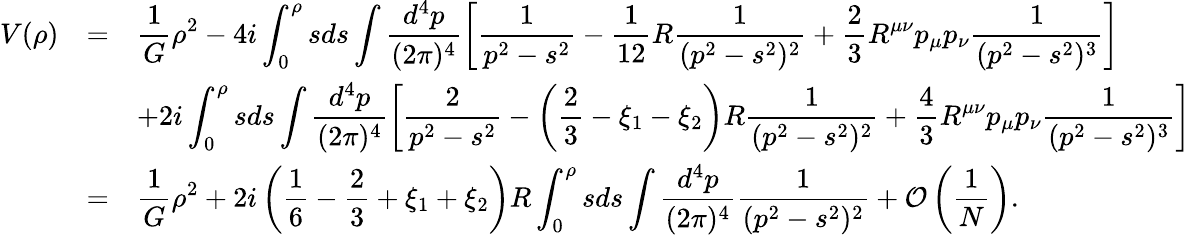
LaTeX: \begin{array}{rcl}{{\displaystyle V(\rho)}}&{{=}}&{{\displaystyle\frac{1}{G}\rho^{2}-4i\int_{0}^{\rho}sds\int\frac{d^{4}p}{(2\pi)^{4}}\left[\frac{1}{p^{2}-s^{2}}-\frac{1}{12}R\frac{1}{(p^{2}-s^{2})^{2}}+\frac{2}{3}R^{\mu\nu}p_{\mu}p_{\nu}\frac{1}{(p^{2}-s^{2})^{3}}\right]}}\\ {{}}&{{}}&{{\displaystyle+2i\int_{0}^{\rho}sds\int\frac{d^{4}p}{(2\pi)^{4}}\left[\frac{2}{p^{2}-s^{2}}-\left(\frac{2}{3}-\xi_{1}-\xi_{2}\right)R\frac{1}{(p^{2}-s^{2})^{2}}+\frac{4}{3}R^{\mu\nu}p_{\mu}p_{\nu}\frac{1}{(p^{2}-s^{2})^{3}}\right]}}\\ {{}}&{{=}}&{{\displaystyle\frac{1}{G}\rho^{2}+2i\left(\frac{1}{6}-\frac{2}{3}+\xi_{1}+\xi_{2}\right)R\int_{0}^{\rho}sds\int\frac{d^{4}p}{(2\pi)^{4}}\frac{1}{(p^{2}-s^{2})^{2}}+{\cal O}\left(\frac{1}{N}\right).}}\end{array}